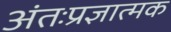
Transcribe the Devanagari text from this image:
अंतःप्रज्ञात्मक